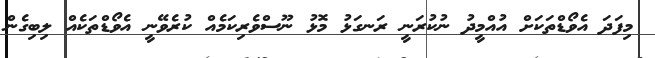
މިފަދަ އެވޯޑްތަކަށް އުއްމީދު ނުކުރަނީ ރަނގަޅު މޮޅު ނޫސްވެރިކަމެއް ކުރެވޭނީ އެވޯޑްތަކެއް ލިބިގެން